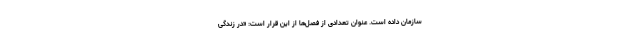
سازمان داده است. عنوان تعدادی از فصل‌ها از این قرار است: «در زندگی